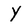
Character: Y